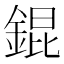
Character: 錕